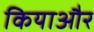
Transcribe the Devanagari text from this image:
कियाऔर